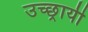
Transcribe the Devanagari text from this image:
उच्छ्रायी